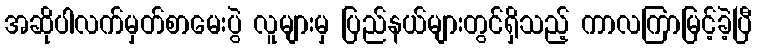
အဆိုပါလက်မှတ်စာမေးပွဲ လူများမှ ပြည်နယ်များတွင်ရှိသည့် ကာလကြာမြင့်ခဲ့ပြီ